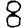
Digit: 8